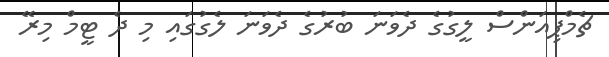
ޗެމްޕިއަންސް ލީގުގެ ދެވަނަ ބުރުގެ ދެވަނަ ލެގުގައި މި ދެ ޓީމް މިރޭ